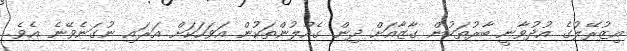
އިޒުރޭލުގެ އުދުވާނީ ބާރުތަކުން ގާޒާއަށް ދިން ގެއްލުންތަކުން އަވަހަކަށް އަރައި ނުގަނެވޭނެ އެވެ.